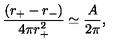
\frac { ( { r } _ { + } - r _ { - } ) } { 4 \pi { r } _ { + } ^ { 2 } } \simeq \frac { A } { 2 \pi } ,